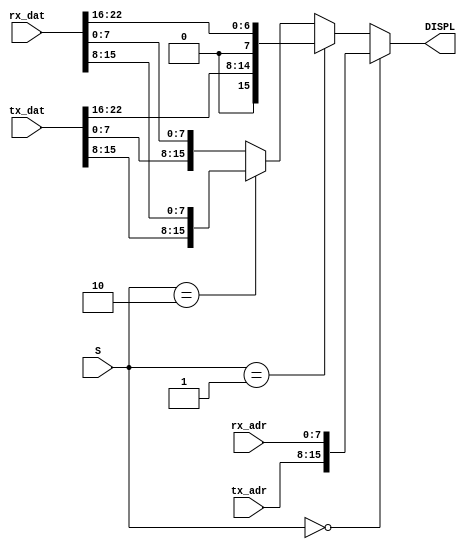
`timescale 1ns / 1ps
//////////////////////////////////////////////////////////////////////////////////
// Company: 
// Engineer: 
// 
// Design Name: 
// Module Name:    AR_MUX 
// Project Name: 
// Target Devices: 
// Tool versions: 
// Description: 
//
// Dependencies: 
//
// Revision: 
// Revision 0.01 - File Created
// Additional Comments: 
//
//////////////////////////////////////////////////////////////////////////////////
module AR_MUX(	input [7:0] tx_adr,	output wire [15:0] DISPL,
					input [7:0] rx_adr,
					input [22:0] tx_dat,
					input [22:0] rx_dat,
					input [1:0] S);

	wire [15:0] Q0 = {tx_adr, rx_adr};
	wire [15:0] Q1 = {1'b0, tx_dat[22:16], 1'b0, rx_dat[22:16]};
	wire [15:0] Q2 = {tx_dat[15:8], rx_dat[15:8]};
	wire [15:0] Q3 = {tx_dat[7:0], rx_dat[7:0]};

	assign DISPL = (S == 0)? Q0 :
						(S == 1)? Q1 :
						(S == 2)? Q2 :
									 Q3 ;

endmodule